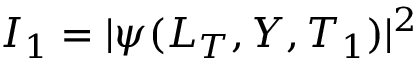
I _ { 1 } = | \psi ( L _ { T } , Y , T _ { 1 } ) | ^ { 2 }